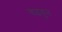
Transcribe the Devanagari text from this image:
चढवुन